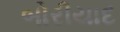
બોરીયાદ